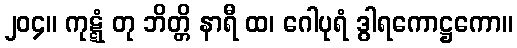
၂၀၄။ ကုဋ္ဋံ တု ဘိတ္တိ နာရီ ထ၊ ဂေါပုရံ ဒွါရကောဋ္ဌကော။